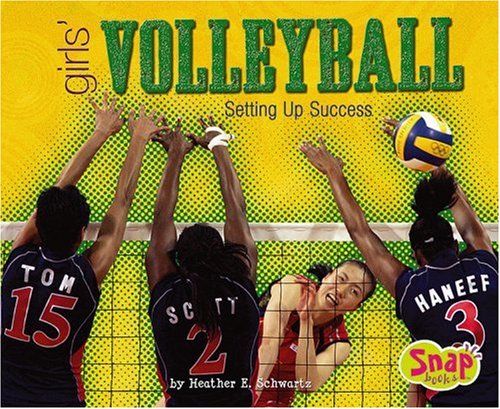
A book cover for Girls' Volleyball: Setting Up Success (Girls Got Game); Heather E. Schwartz; Sports & Outdoors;